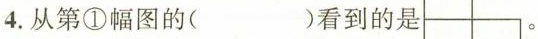
4.从第①幅图的( )看到的是 。